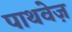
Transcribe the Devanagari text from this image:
पाथवेज़